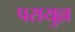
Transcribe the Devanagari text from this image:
परायुल्ल